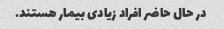
در حال حاضر افراد زیادی بیمار هستند.